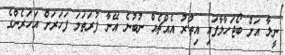
ނީލާ އަށް ބޯޖަހާލާފައި އިތުރު އެއްޗެއް ނުބުނެ އޭނާ ފުރަތަމަ ފަހަރަށް އަހަރެންގެ